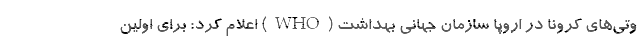
وتی‌های کرونا در اروپا سازمان جهانی بهداشت (WHO) اعلام کرد: برای اولین